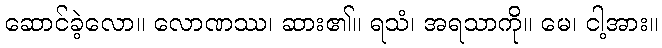
ဆောင်ခဲ့လော။ လောဏဿ၊ ဆား၏။ ရသံ၊ အရသာကို။ မေ၊ ငါ့အား။